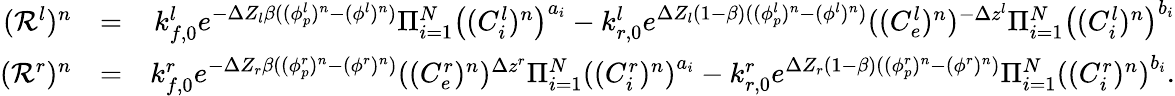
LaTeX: \begin{array}{rlr}{(\mathcal{R}^{l})^{n}}&{=}&{k_{f,0}^{l}e^{-\Delta Z_{l}\beta((\phi_{p}^{l})^{n}-(\phi^{l})^{n})}\Pi_{i=1}^{N}\left((C_{i}^{l})^{n}\right)^{a_{i}}-k_{r,0}^{l}e^{\Delta Z_{l}(1-\beta)((\phi_{p}^{l})^{n}-(\phi^{l})^{n})}((C_{e}^{l})^{n})^{-\Delta z^{l}}\Pi_{i=1}^{N}\left((C_{i}^{l})^{n}\right)^{b_{i}}}\\ {(\mathcal{R}^{r})^{n}}&{=}&{k_{f,0}^{r}e^{-\Delta Z_{r}\beta((\phi_{p}^{r})^{n}-(\phi^{r})^{n})}((C_{e}^{r})^{n})^{\Delta z^{r}}\Pi_{i=1}^{N}\left((C_{i}^{r})^{n}\right)^{a_{i}}-k_{r,0}^{r}e^{\Delta Z_{r}(1-\beta)((\phi_{p}^{r})^{n}-(\phi^{r})^{n})}\Pi_{i=1}^{N}\left((C_{i}^{r})^{n}\right)^{b_{i}}.}\end{array}